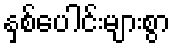
နှစ်ပေါင်းများစွာ